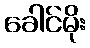
ခေါင်မိုး